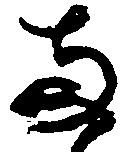
両